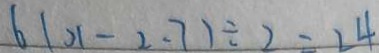
6 ( x - 2 . 7 ) \div 2 = 2 4